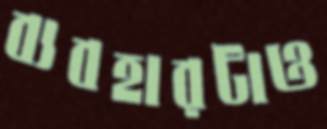
ব্যবহারটাও